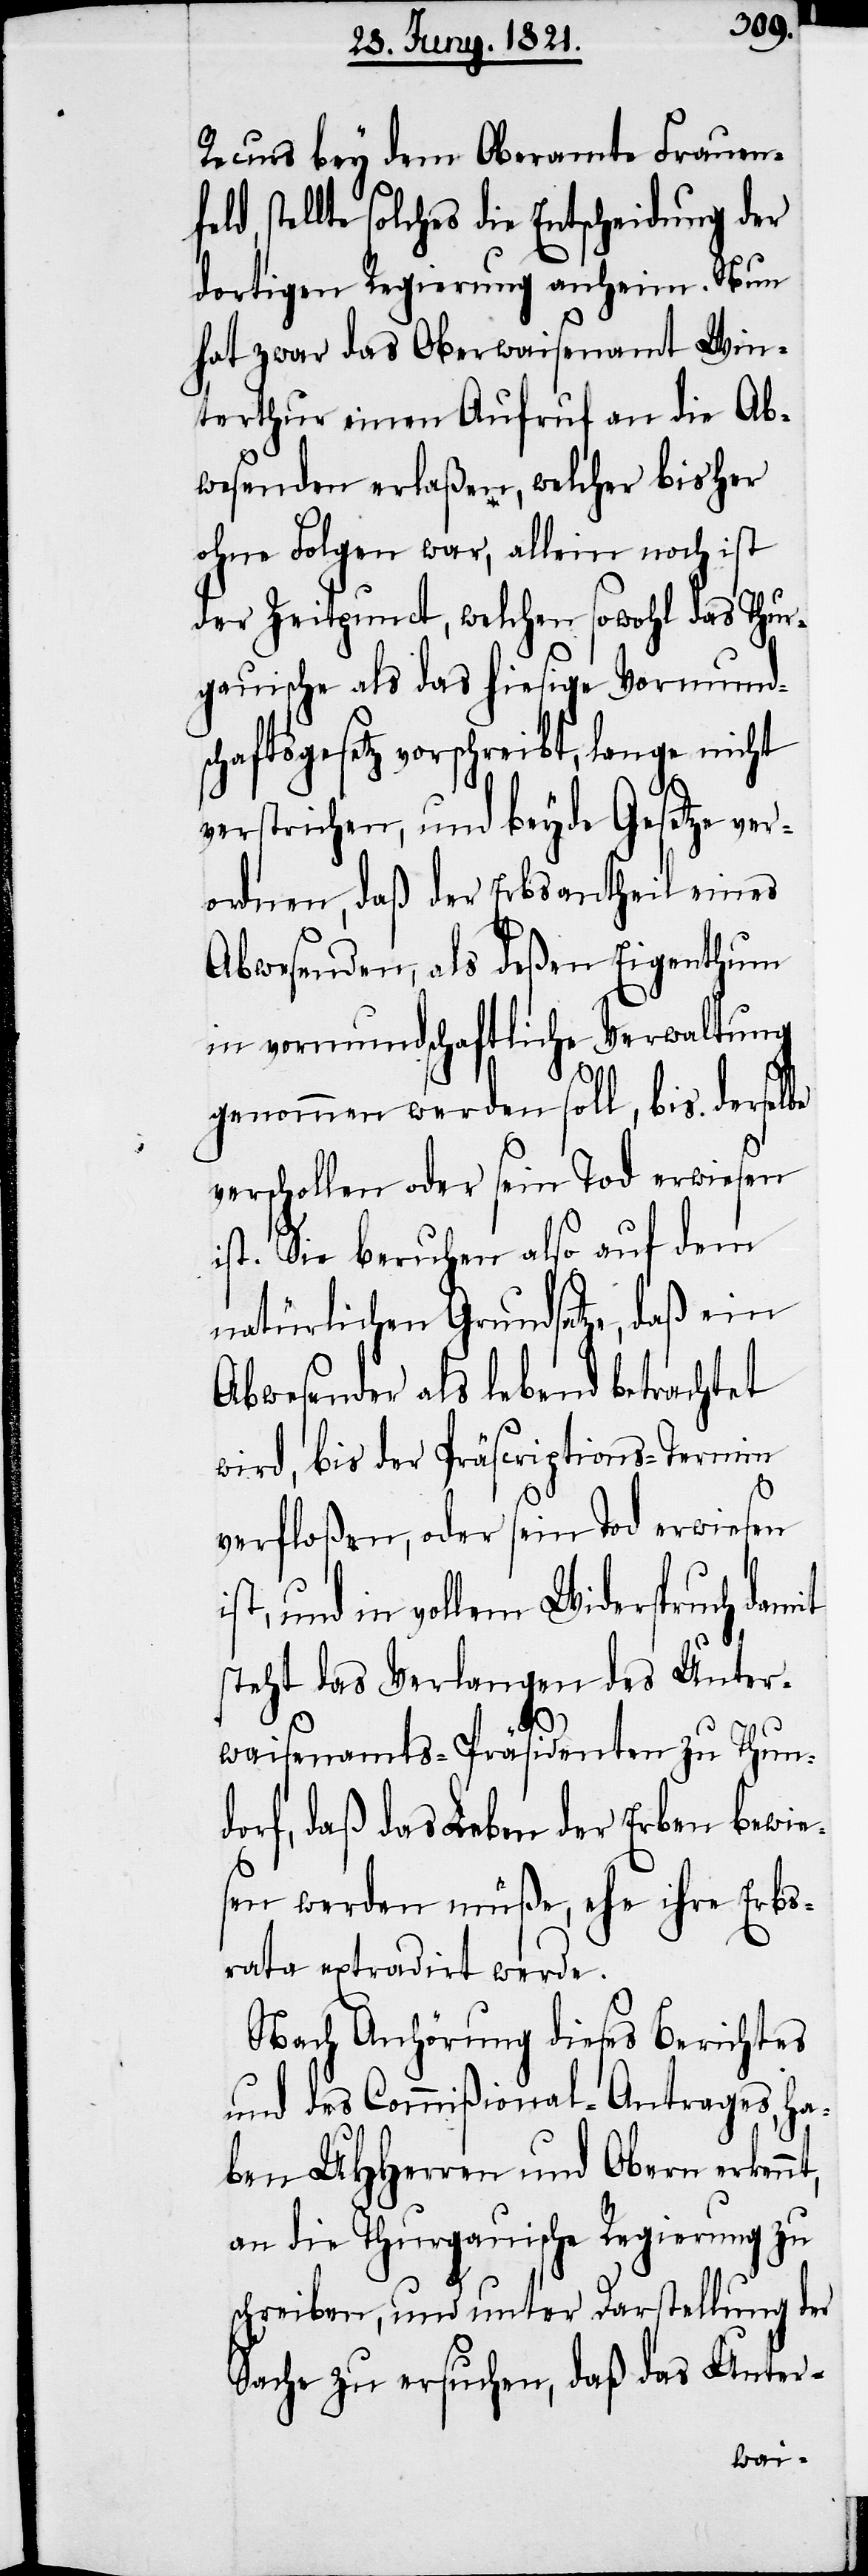
Recurs bey dem Oberamte Frauenfe¬
ld, stellte solches die Entscheidung der
dortigen Regierung anheim. Nun
hat zwar das Oberwaisenamt Win¬
terthur einen Aufruf an die Ab¬
wesenden erlaßen, welcher bisher
ohne Folgen war, allein noch ist
der Zeitpunct, welchen sowohl das Thur¬
gauische als das hiesige Vormund¬
schaftsgesetz vorschreibt, lange nicht
verstrichen, und beyde Gesetze ver¬
ordnen, daß der Erbsantheil eines
Abwesenden, als deßen Eigenthum
in vormundschaftliche Verwaltung
genommen werden soll, bis derselbe
verschollen oder sein Tod erwiesen
ist. Sie beruhen also auf dem
natürlichen Grundsatze, daß ein
Abwesender als lebend betrachtet
wird, bis der Präscriptions-Termin
verfloßen, oder sein Tod erwiesen
und in vollem Widerspruch damit
steht das Verlangen des Unter¬
t,
waisenamts-Präsidenten zu Thun¬
dorf, daß das Leben der Erben bewie¬
sen werden müße, ehe ihre Erbs¬
rata extradirt werde.
Nach Anhörung dieses Berichts
und des Commißional-Antrages, ha¬
ben UHHerren und Obern erkenn¬
an die Thurgauische Regierung zu
schreiben, und unter Darstellung der
Sache zu ersuchen, daß das Unter-